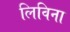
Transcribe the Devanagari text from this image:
लिविना